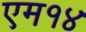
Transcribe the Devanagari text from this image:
एम१४